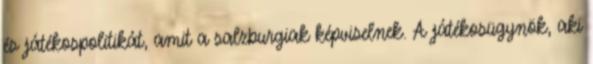
és játékospolitikát, amit a salzburgiak képviselnek. A játékosügynök, aki